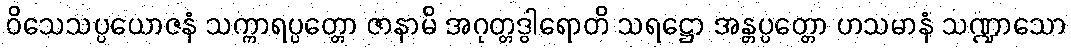
ဝိသေသပ္ပယောဇနံ သက္ကာရပ္ပတ္တော ဇာနာမိ အဂုတ္တဒွါရောတိ သရဋ္ဌော အန္တပ္ပတ္တော ဟသမာနံ သဏ္ဍာသော